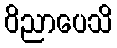
ဝိညာပေသိ